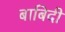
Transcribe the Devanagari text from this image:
बाबिदी